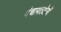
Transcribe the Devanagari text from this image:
पंचायतक्षेत्रों